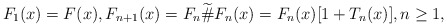
\begin{align*} F_1(x)=F(x), F_{n+1}(x)=F_n\widetilde{\#}F_n(x)=F_n(x)[1+T_n(x)],n\geq 1,\end{align*}